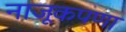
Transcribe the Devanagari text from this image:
नाजूकपणा